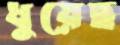
ধুয়েছ